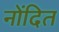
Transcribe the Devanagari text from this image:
नोंदित